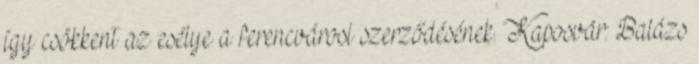
így csökkent az esélye a ferencvárosi szerződésének. Kaposvár: Balázs